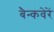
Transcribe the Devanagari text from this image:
बैन्कवेरें